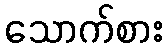
သောက်စား